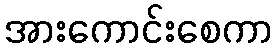
အားကောင်းစေကာ